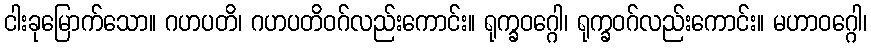
ငါးခုမြောက်သော။ ဂဟပတိ၊ ဂဟပတိဝဂ်လည်းကောင်း။ ရုက္ခဝဂ္ဂေါ၊ ရုက္ခဝဂ်လည်းကောင်း။ မဟာဝဂ္ဂေါ၊